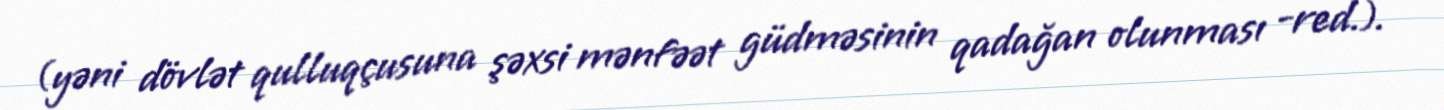
(yəni dövlət qulluqçusuna şəxsi mənfəət güdməsinin qadağan olunması -red.).